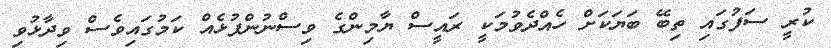
ކުރީ ސަފުގައި ތިބޭ ބަޔަކަށް ހެއްދެވުމަކީ ރައީސް ޔާމިންގެ ވިސްނުންފުޅެއް ކަމުގައިވެސް ވިދާޅުވި